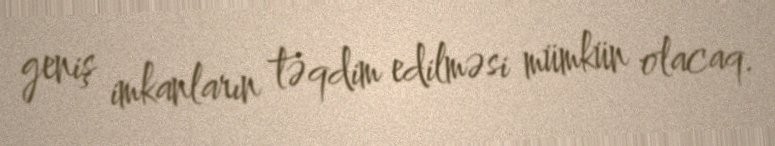
geniş imkanların təqdim edilməsi mümkün olacaq.